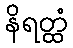
နိရတ္ထံ